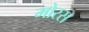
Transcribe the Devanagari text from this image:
मोरस